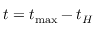
t = t _ { \operatorname* { m a x } } - t _ { H }